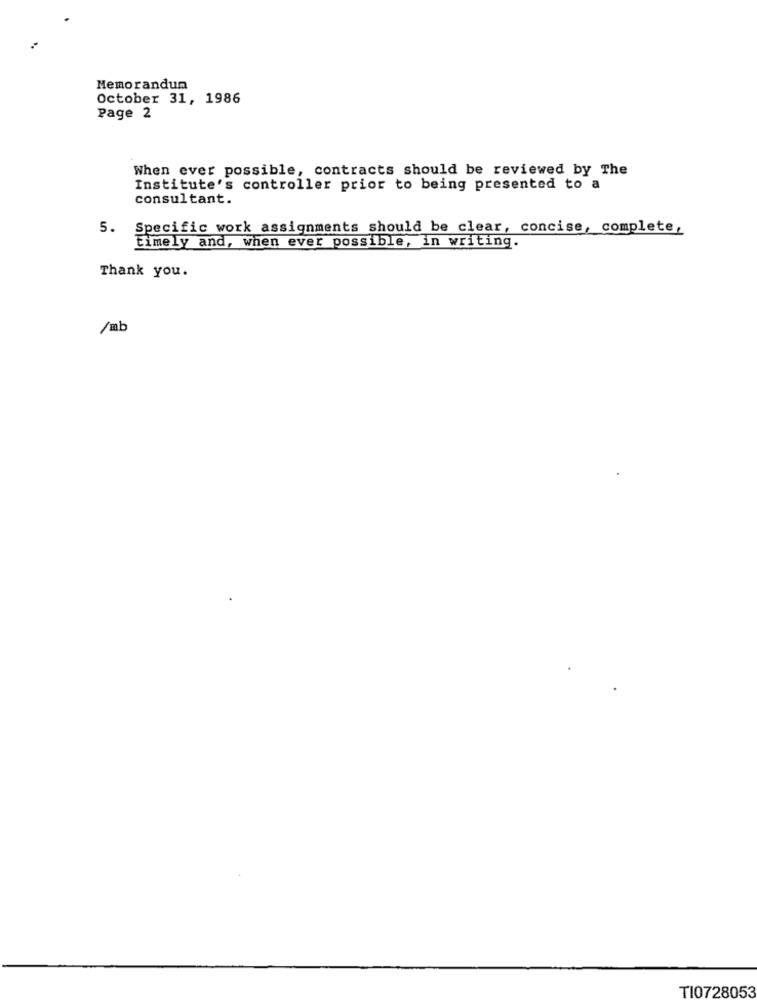
Memorandum
October 31, 1986
Page 2
When ever possible, contracts should be reviewed by The
Institute's controller prior to being presented to a
consultant.
5. Specific work assignments should be clear, concise, complete,
timely and, when ever possible, in writing.
Thank you.
/mb
TI0728053